Report of the Indian Hemp Drugs Commission, 1894-1895 - Volume VII
Year: 1894
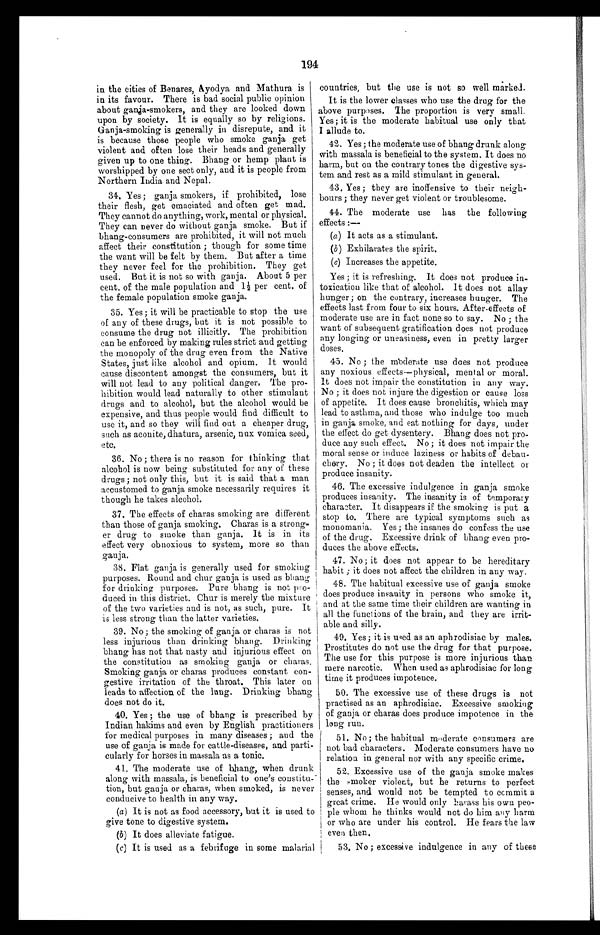
194
countries, but the use is not so well marked.
It is the lower classes who use the drug for the
above purposes. The proportion is very small.
Yes; it is the moderate habitual use only that
I allude to.
42. Yes ; the moderate use of bhang drunk along
with massala is beneficial to the system. It does no
harm, but on the contrary tones the digestive sys-
tem and rest as a mild stimulant in general.
43. Yes ; they are inoffensive to their neigh-
bours ; they never get violent or troublesome.
44. The moderate use has the following
effects :—
( a ) It acts as a stimulant.
(b) Exhilarates the spirit.
(c) Increases the appetite.
Yes ; it is refreshing. It does not produce in-
toxicatiou like that of alcohol. It does not allay
hunger ; on the contrary, increases hunger. The
effects last from four to six hours. After-effects of
moderate use are in fact none so to say. No ; the
want off subsequent gratification does not produce
any longing or uneasiness, even in pretty larger
doses,
in. the cities of Benares, Ayodya and Mathura is
in its favour. There is bad social public opinion
about ganja-smokers, and they are looked down
upon by society. It is equally so by religions.
Ganja-smoking is generally in disrepute, and it
is because those people who smoke ganja get
violent and often lose their heads and generally
given up to one thing. Bhang or hemp plant is
worshipped by one sect only, and it is people from
Northern India and Nepal.
34. Yes; ganja smokers, if prohibited, lose
their flesh, get emaciated and often get mad.
They cannot do anything, work, mental or physical.
They can never do without ganja smoke. But if
Bhang-consumers are prohibited, it will not much
affect their constitution ; though for some time
the want will be felt by them. But after a time
they never feel for the prohibition. They get
used. But it is not so with ganja. About 5 per
cent. of the male population and 11/2 per cent, of
the female population smoke ganja.
35. Yes ; it will be practicable to stop the use
of any of these drugs, but it is not possible to
consume the drug not illicitly. The prohibition
can be enforced by making rules strict and getting
the monopoly of the drug even from the Native
States, just like alcohol and opium. It would
cause discontent amongst the consumers, but it
will not lead to any political danger. The pro-
hibition would lead naturally to other stimulant
drugs and to alcohol, but the alcohol would be
expensive, and thus people would find difficult to
use it, and so they will find out a cheaper drug,
such as aconite, dhatura, arsenic, nux vomica seed,
etc.
36. No ; there is no reason for thinking that
alcohol is now being substituted for any of these
drugs ; not only this, but it is said that a man
accustomed to ganja smoke necessarily requires it
though he takes alcohol.
37. The effects of charas smoking are different
than those of ganja smoking. Charas is a strong-
er drug to smoke than ganja. It is in its
effect very obnoxious to system, more so than
ganja.
38. Flat ganja is generally used for smoking
purposes. Round and char ganja is used as bhang
for drinking purposes. Pure bhang is not pro-
duced in this district. Chur is merely the mixture
of the two varieties and is not, as such, pure. It
is less strong than the latter varieties.
39. No; the smoking of ganja or charas is not
less injurious than drinking bhang. Drinking
bhang has not that nasty and injurious effect on
the constitution as smoking ganja or charas.
Smoking ganja or chums produces constant con-
gestive irritation of the throat. This later on
leads to affection of the lung. Drinking bhang
does not do it.
40. Y e s : t h e u s e o f b h a n g i s p r e s c r i b e d b y
Indian hakims and even by English practitioners
for medical purposes in many diseases ; and the
use of ganja is made for cattle-diseases, and parti-
cularly for horses in massala as a tonic.
41. The moderate use of bhang, when drunk
along with massala, is beneficial to one's constitu-
tion, but ganja or charas, when smoked, is never
conducive to health in any way.
(a) It is not as food accessory, but it is used to
give tone to digestive system.
(b) It does alleviate fatigue.
(c) It is used as a febrifuge in some malarial
45. No ; the moderate use does not produce
any noxious effects—physical, mental or moral.
it does not impair the constitution in any way.
No ; it does not injure the digestion or cause loss
of appetite. It does cause bronchitis, which may
lead to asthma, and those who indulge too much
in ganja smoke, and eat nothing for days, under
the effect do get dysentery. Bhang does not pro-
duce any such effect. No; it does not impair the
moral sense or induce laziness or habits of debau-
chery. No ; it does not deaden the intellect or
produce insanity.
46. The excessive indulgence in ganja smoke
produces insanity. The insanity is of temporary
character. It disappears if the smoking is put a
stop to. There are typical symptoms such as
monomania. Yes; the insanes do confess the use
of the drug. Excessive drink of bhang even pro-
duces the above effects.
47. No; it does not appear to be hereditary
habit ; it does not affect the children in any way.
48. The habitual excessive use of ganja smoke
does produce insanity in persons who smoke it,
and at the same time their children are wanting in
all the functions of the brain, and they are irrit-
able and silly.
49. Yes; it is used as an aphrodisiac by males.
Prostitutes do not use the drug for that purpose.
The use for this purpose is more injurious than
mere narcotic. When used as aphrodisiac for long
time it produces impotence.
50. The excessive use of these drugs is not
practised as an aphrodisiac. Excessive smoking
of ganja or charas does produce impotence in the
long run.
51. No; the habitual moderate consumers are
not bad characters. Moderate consumers have no
relation in general nor with any specific crime.
52. Excessive use of the ganja smoke makes
the smoker violent, but he returns to perfect
senses, and would not be tempted to commit a
great crime. He would only harass his own peo-
ple whom he thinks would not do him any harm
or who are under his control. He fears the law
even then.
53. No ; excessive indulgence in any of these